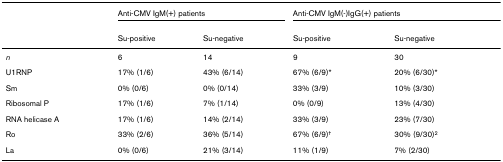
|  | <COLSPAN=2> Anti-CMV IgM(+) patients | <COLSPAN=2> Anti-CMV IgM(-)IgG(+) patients |
 |  | Su-positive | Su-negative | Su-positive | Su-negative |
 | --- | --- | --- | --- | --- |
 | n | 6 | 14 | 9 | 30 |
 | U1RNP | 17% (1/6) | 43% (6/14) | 67% (6/9)* | 20% (6/30)* |
 | Sm | 0% (0/6) | 0% (0/14) | 33% (3/9) | 10% (3/30) |
 | Ribosomal P | 17% (1/6) | 7% (1/14) | 0% (0/9) | 13% (4/30) |
 | RNA helicase A | 17% (1/6) | 14% (2/14) | 33% (3/9) | 23% (7/30) |
 | Ro | 33% (2/6) | 36% (5/14) | 67% (6/9)† | 30% (9/30)2 |
 | La | 0% (0/6) | 21% (3/14) | 11% (1/9) | 7% (2/30) |